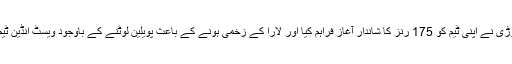
جواباً ڈیسمنڈ ہینز اور برائن لارا پر مشتمل اوپننگ جوڑی نے اپنی ٹیم کو 175 رنز کا شاندار آغاز فراہم کیا اور لارا کے زخمی ہونے کے باعث پویلین لوٹنے کے باوجود ویسٹ انڈین ٹیم نے باآسانی دس وکٹوں سے کامیابی اپنے نام کر لی۔